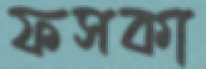
ফসকা